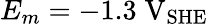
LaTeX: E_{m}=-1.3\; \mathrm{V}_{\mathrm{SHE}}